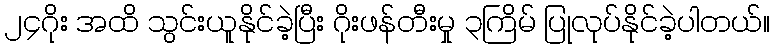
၂၄ဂိုး အထိ သွင်းယူနိုင်ခဲ့ပြီး ဂိုးဖန်တီးမှု ၃ကြိမ် ပြုလုပ်နိုင်ခဲ့ပါတယ်။